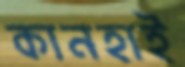
কানহাই